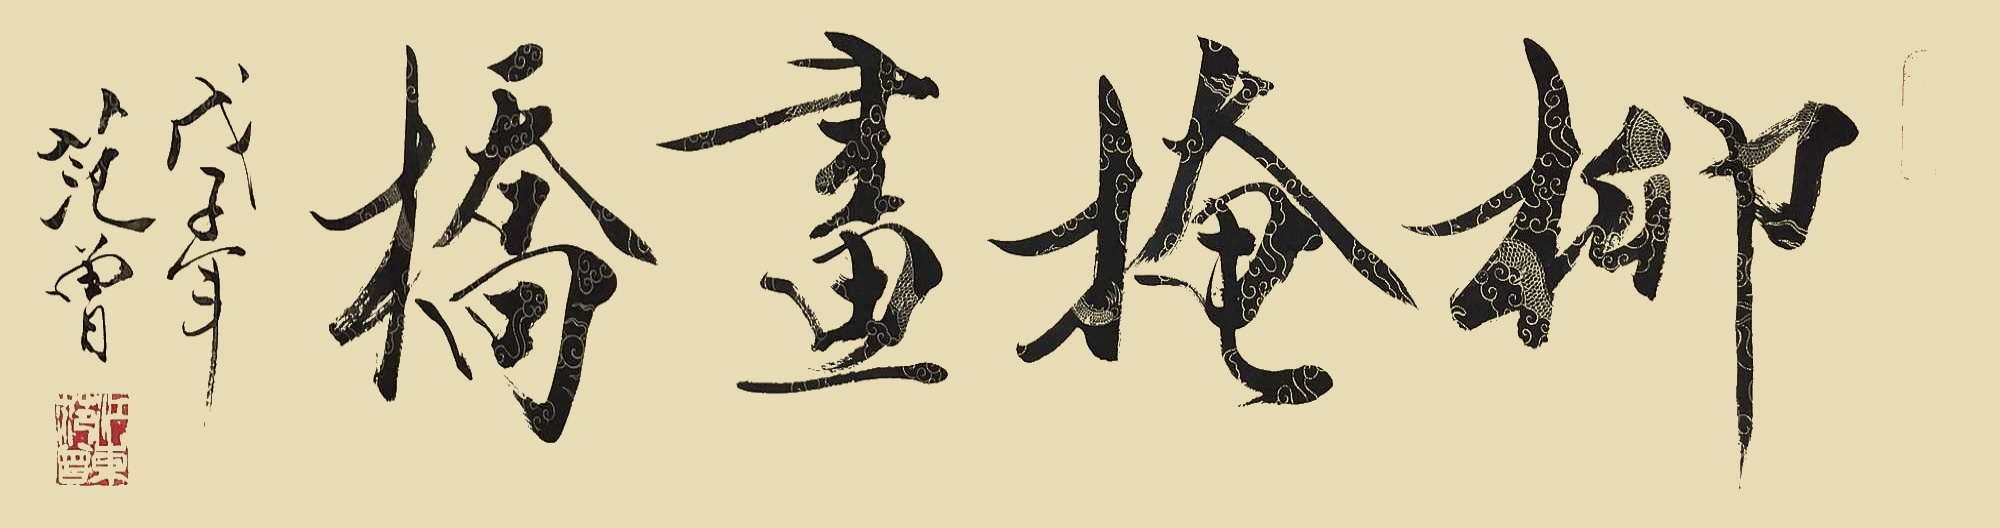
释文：柳掩画桥戊子年范曾